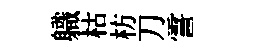
軄枯枋刀霅